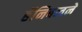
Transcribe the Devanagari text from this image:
हॅनिबलने